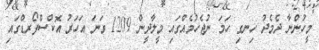
މީހުންނާ ދެމެދު ހިނގި ހަމަ ނުޖެހުމެއްގައި މީލާދީން 1209 ވަނަ އަހަރު އޮކްސްފޯރޑްގައި